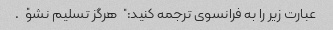
عبارت زیر را به فرانسوی ترجمه کنید: "هرگز تسلیم نشو".